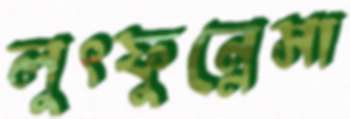
লুৎফুন্নেসা